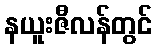
နယူးဇီလန်တွင်